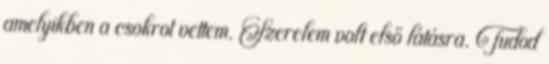
amelyikben a csokrot vettem. Szerelem volt első látásra. Tudod